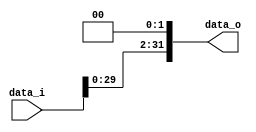

module Shift_Left_Two_32(
    data_i,
    data_o
    );

//I/O ports
input [32-1:0] data_i;
output [32-1:0] data_o;

reg [31:0] data_o;

always@(data_i)
begin
	data_o <= data_i<<2;
end

endmodule